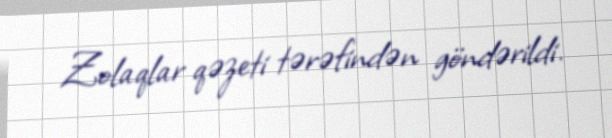
Zolaqlar qəzeti tərəfindən göndərildi.